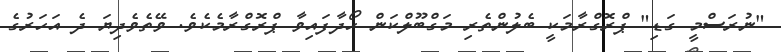
"ނުރަސްމީ ގަޑި" ޕްރޮގްރާމަކީ ބެލުންތެރި މަގްބޫލްކަން ހޯދާފައިވާ ޕްރޮގްރާމެކެވެ. ވޭތެވެދިޔަ ދެ އަހަރުގެ